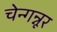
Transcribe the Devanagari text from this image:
चेन्गन्नूर